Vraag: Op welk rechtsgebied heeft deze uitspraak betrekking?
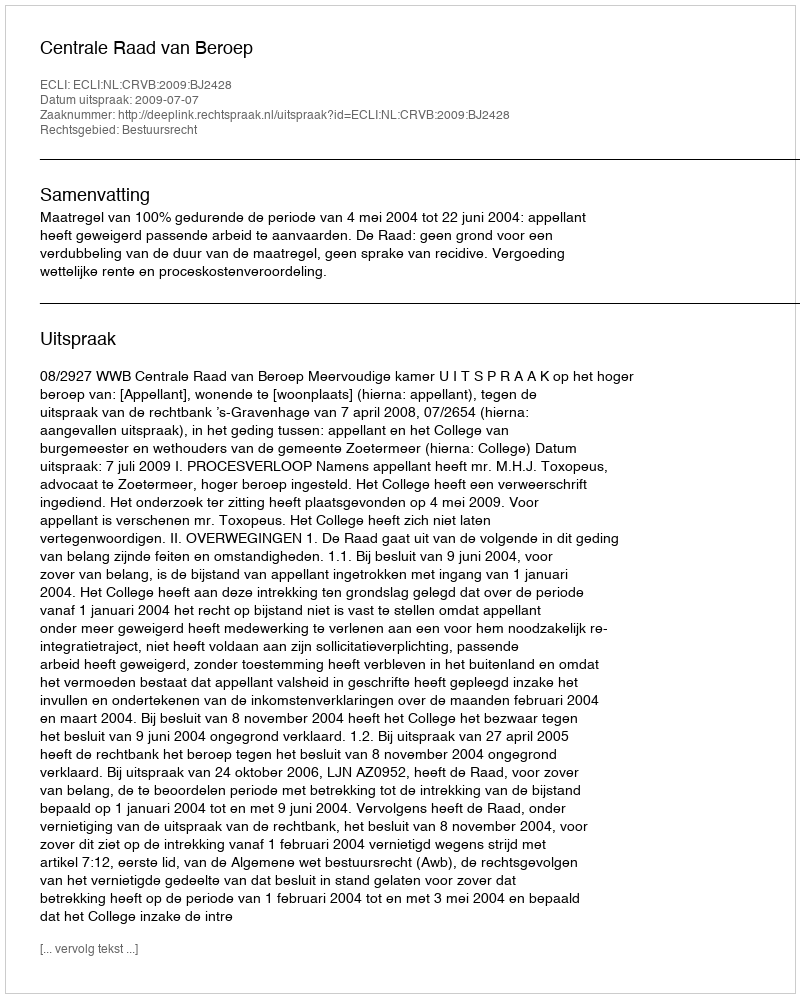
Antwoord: Bestuursrecht